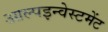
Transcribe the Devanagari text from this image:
आल्पइन्वेस्टमेंट